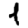
Digit: 1